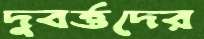
দুবর্ত্তদের